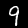
Digit: 9